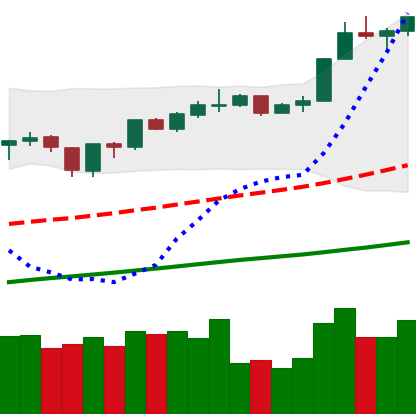
Ticker: ETH-USD
Chart end date: 2019-06-25
Forward return: -8.623%
Label: down_7plus